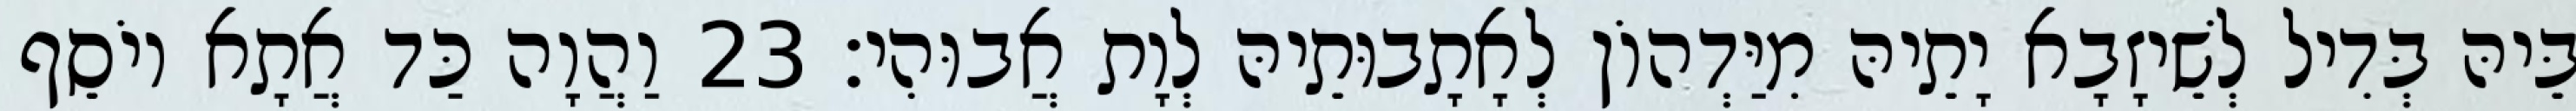
בֵּיהּ בְּדִיל לְשֵׁיזָבָא יָתֵיהּ מִיַּדְהוֹן לְאָתָבוּתֵיהּ לְוָת אֲבוּהִי׃ 23 וַהֲוָה כַּד אֲתָא יוֹסֵף